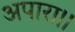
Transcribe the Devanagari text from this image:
अपारा।।